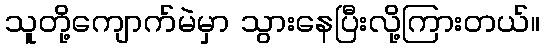
သူတို့ကျောက်မဲမှာ သွားနေပြီးလို့ကြားတယ်။